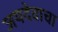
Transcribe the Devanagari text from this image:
जयदेवाचा